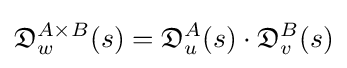
{\mathfrak {D}}_{w}^{A\times B}(s)={\mathfrak {D}}_{u}^{A}(s)\cdot {\mathfrak {D}}_{v}^{B}(s)